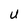
Character: U